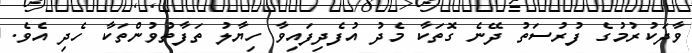
ވާދަކުރުމުގެ ފުރުސަތު ދޭނެ ގޮތަކާ މެދު އުފެދިފައިވާ ހިޔާލު ތަފާތުވުންތަކާ ހެދި އެވެ.